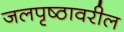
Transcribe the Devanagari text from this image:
जलपृष्ठावरील